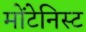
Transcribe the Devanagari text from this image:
मोंटेनिस्ट